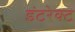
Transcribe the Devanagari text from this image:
इंटरेक्ट